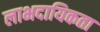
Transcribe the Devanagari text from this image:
लाभदायिकता